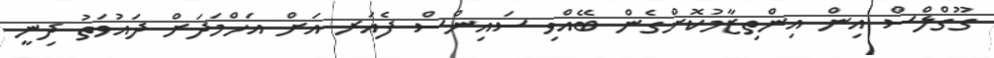
ގޫގްލްސް އިން އިންތިޒާމުކޮށްގެން ބޭއްވި ސައިންސް ފެއަރ އަށް އަހްމަދަށް ދައުވަތު ދިނީ